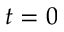
t = 0